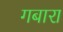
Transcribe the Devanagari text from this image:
गबारा